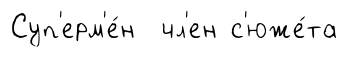
Суп'ерм'е́н чл'ен с'юже́та